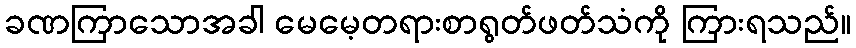
ခဏကြာသောအခါ မေမေ့တရားစာရွတ်ဖတ်သံကို ကြားရသည်။